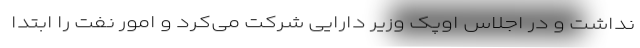
نداشت و در اجلاس اوپک وزیر دارایی شرکت می‌کرد و امور نفت را ابتدا